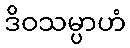
ဒိဝသမ္ပာဟံ